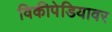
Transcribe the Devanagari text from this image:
विकीपेडियावर